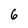
Character: 6